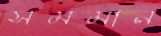
সমমান